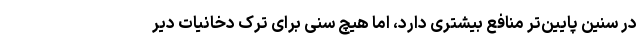
در سنین پایین‌تر منافع بیشتری دارد، اما هیچ سنی برای ترک دخانیات دیر